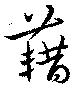
藉